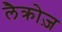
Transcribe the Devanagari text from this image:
लैक्रोज़